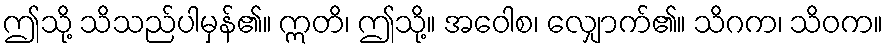
ဤသို့ သိသည်ပါမှန်၏။ ဣတိ၊ ဤသို့။ အဝေါစ၊ လျှောက်၏။ သိဂက၊ သိဝက။